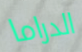
الدراما